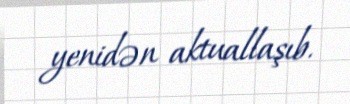
yenidən aktuallaşıb.